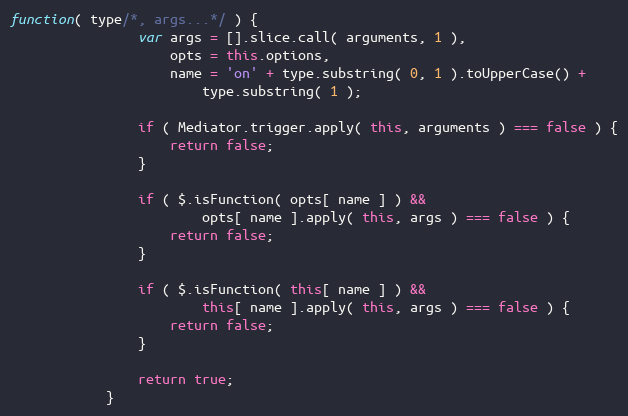
Language: JavaScript
function( type/*, args...*/ ) {
                var args = [].slice.call( arguments, 1 ),
                    opts = this.options,
                    name = 'on' + type.substring( 0, 1 ).toUpperCase() +
                        type.substring( 1 );

                if ( Mediator.trigger.apply( this, arguments ) === false ) {
                    return false;
                }

                if ( $.isFunction( opts[ name ] ) &&
                        opts[ name ].apply( this, args ) === false ) {
                    return false;
                }

                if ( $.isFunction( this[ name ] ) &&
                        this[ name ].apply( this, args ) === false ) {
                    return false;
                }

                return true;
            }